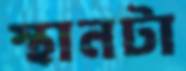
স্থানটা